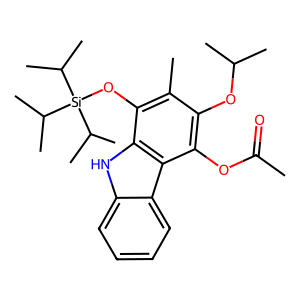
SMILES: CC(=O)Oc1c(OC(C)C)c(C)c(O[Si](C(C)C)(C(C)C)C(C)C)c2[nH]c3ccccc3c12
Inhibits HIV replication: No